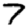
Digit: 7